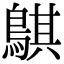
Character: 鶀